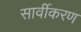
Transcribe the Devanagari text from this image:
सार्वीकरण